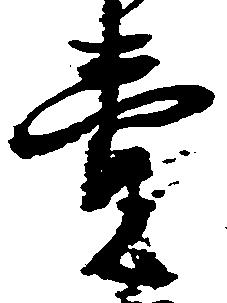
売